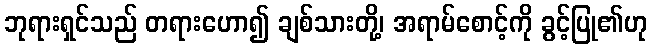
ဘုရားရှင်သည် တရားဟော၍ ချစ်သားတို့၊ အရာမ်စောင့်ကို ခွင့်ပြု၏ဟု